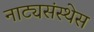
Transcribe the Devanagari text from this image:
नाट्यसंस्थेस